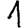
Digit: 1